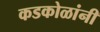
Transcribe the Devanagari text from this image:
कडकोळांनी